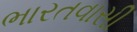
ભારતવાસી